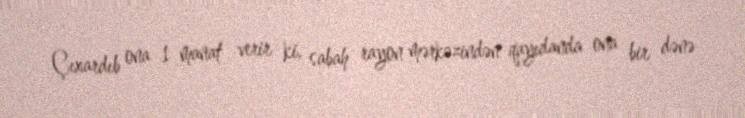
Çıxardıb ona 1 manat verir ki, sabah rayon mərkəzindən qayıdanda ona bir dənə